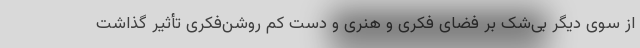
از سوی دیگر بی‌شک بر فضای فکری و هنری و دست کم روشن‌فکری تأثیر گذاشت